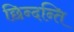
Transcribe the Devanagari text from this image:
छिन्दन्ति